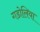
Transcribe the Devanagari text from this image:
गडोलिया